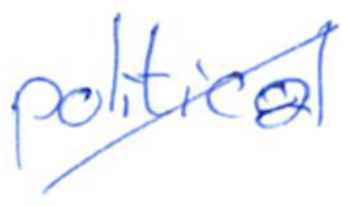
Text: political
Cross-out: diagonal
Writing tool: ballpoint